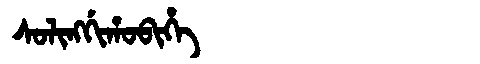
Manchu: ᠰᠣᠯᡳᠩᡤᡳᡥᠣᠪᡳᡥᡝ
Romanization: SOLINGGIHOBIHE